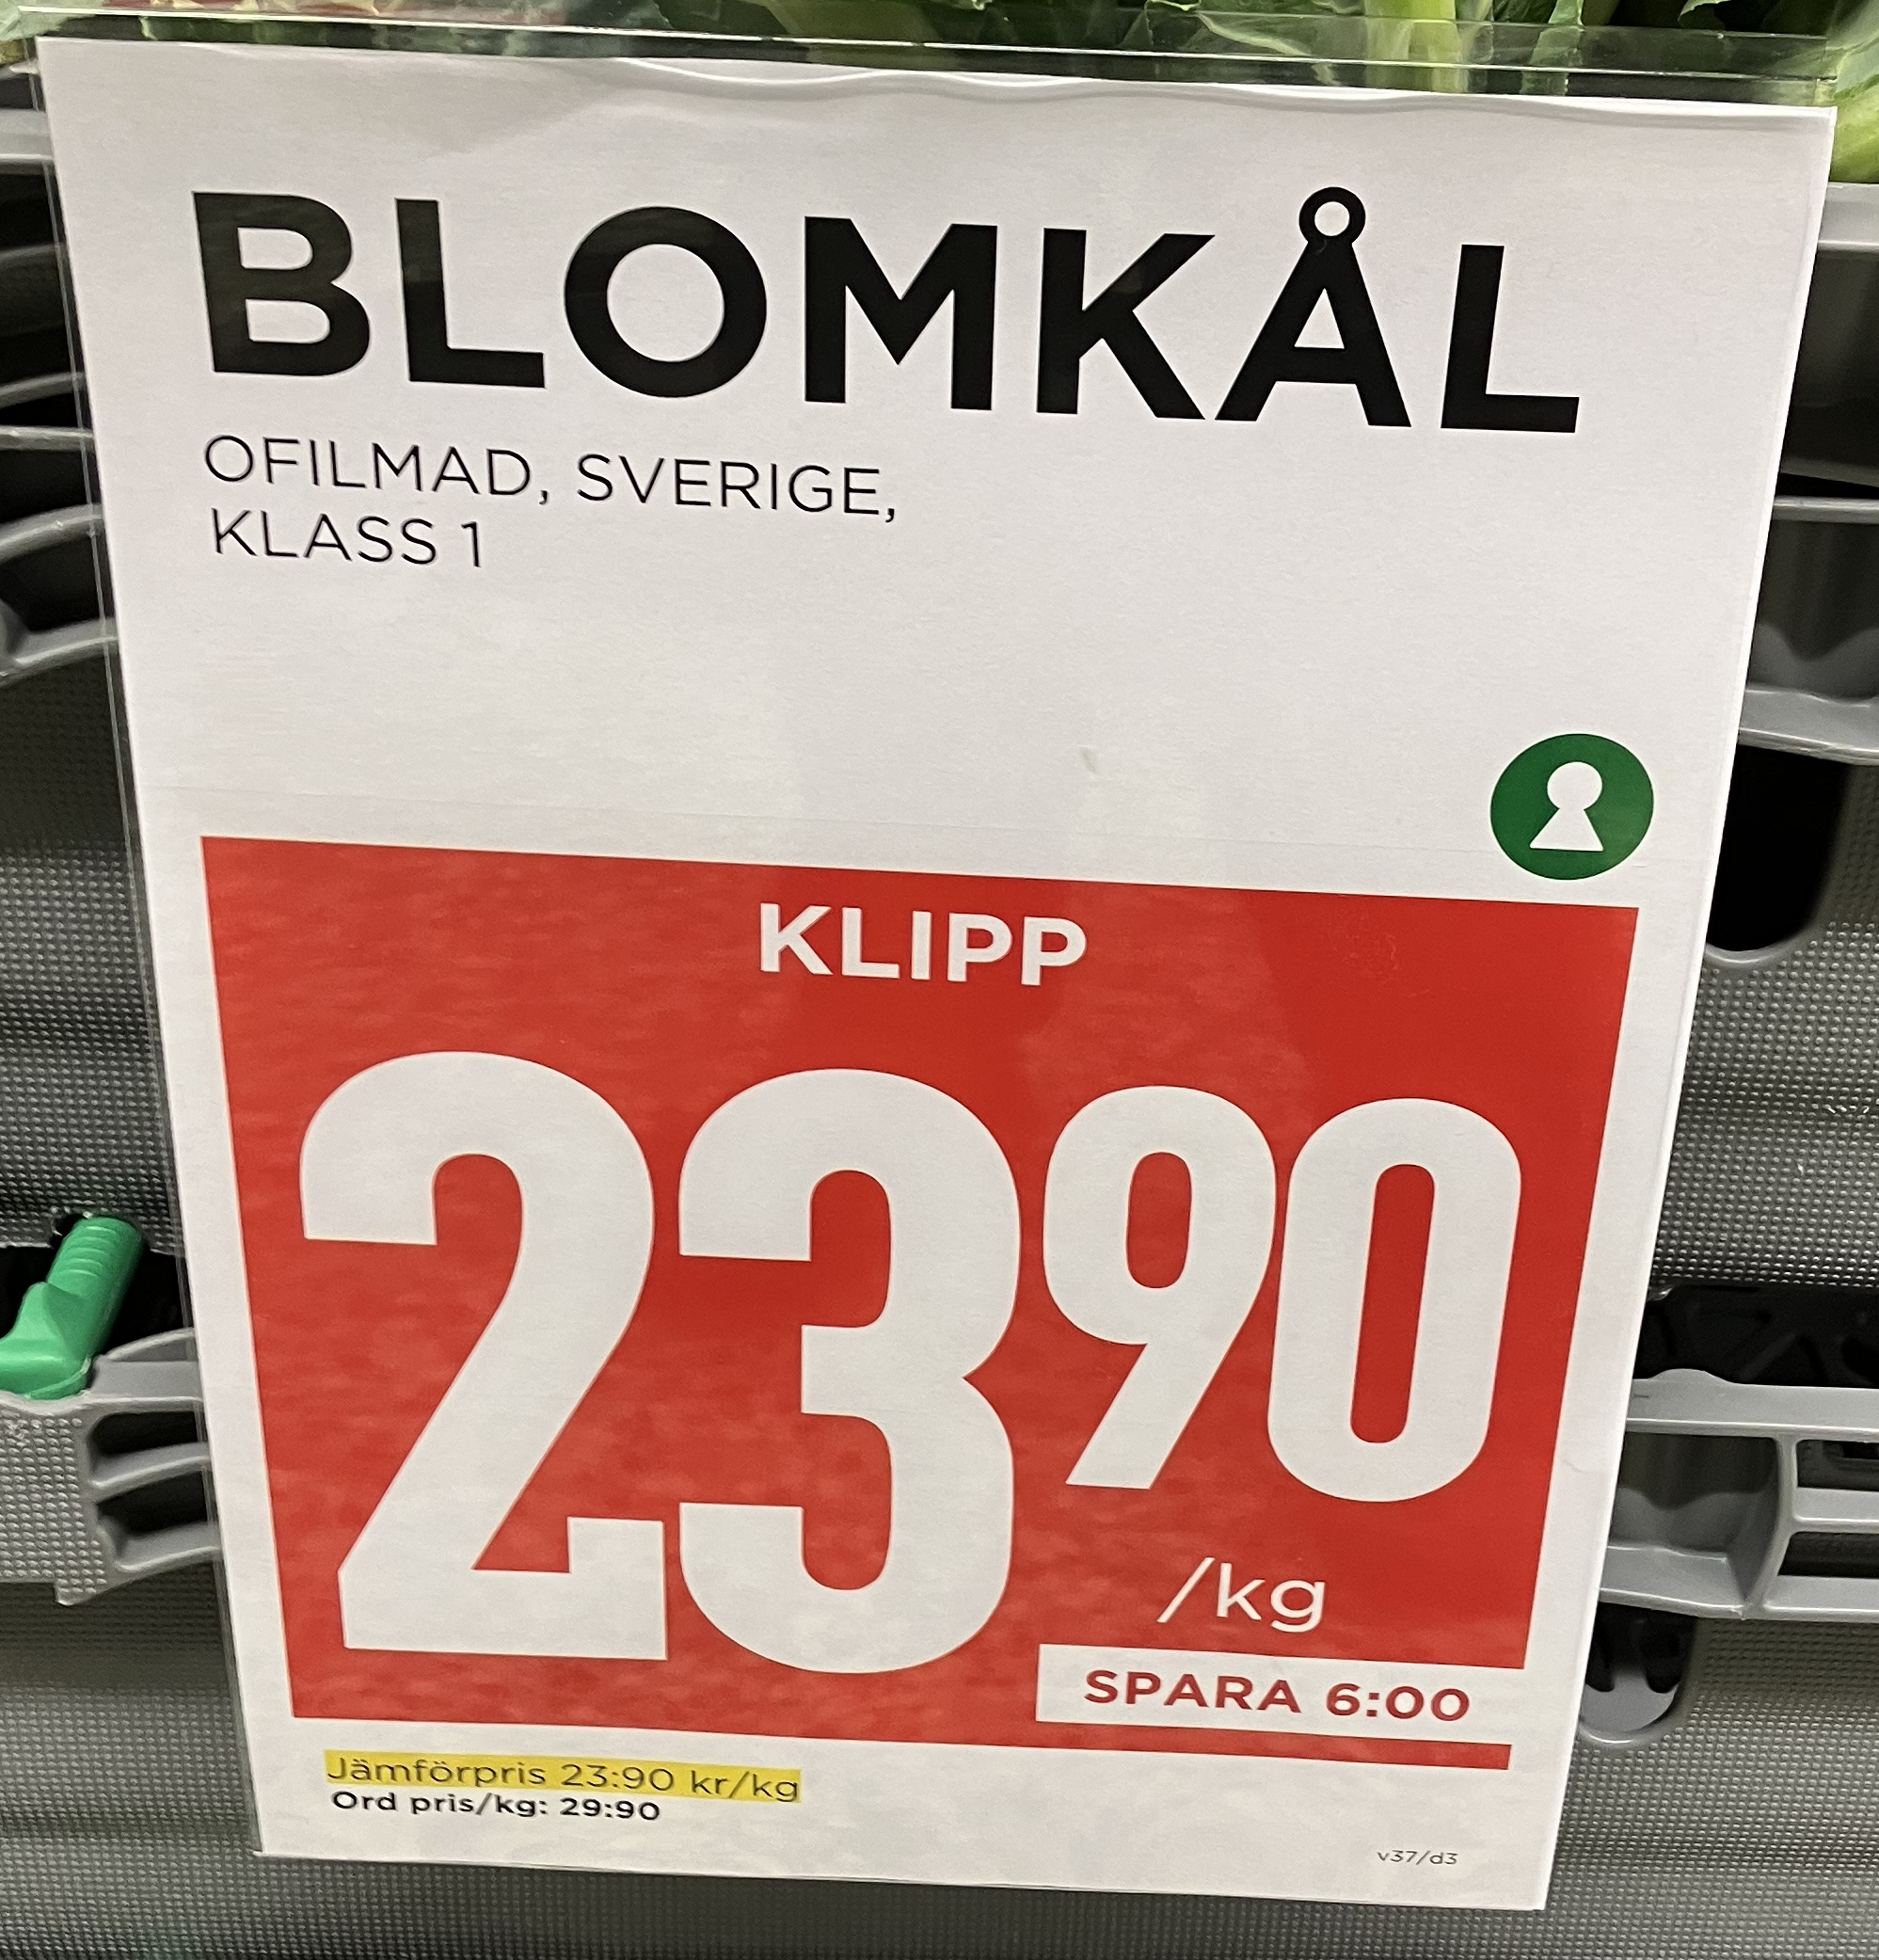
Vara: Blomkål
Genomsnittspris: 23.9 per kg